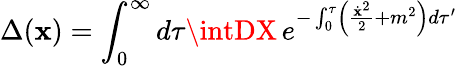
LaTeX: \Delta(\mathbf{x})=\int_{0}^{\infty}d\tau\intDX\, e^{-\int_{0}^{\tau}\left({\frac{{{\dot{{\mathbf{x}}}}^{2}}}{{2}}}+m^{2}\right)d\tau^{\prime}}